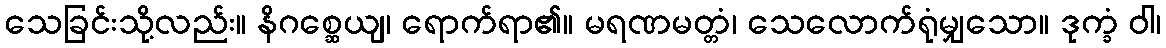
သေခြင်းသို့လည်း။ နိဂစ္ဆေယျ၊ ရောက်ရာ၏။ မရဏမတ္တံ၊ သေလောက်ရုံမျှသော။ ဒုက္ခံ ဝါ၊